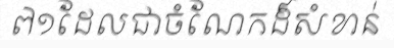
៧១ដែលជាចំណែកដ៏សំខាន់